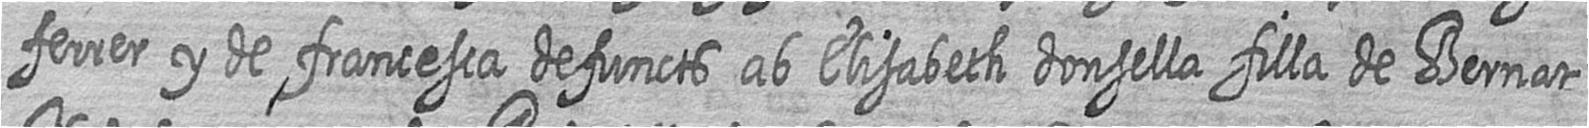
ferrer y de francesca defuncts ab Elisabeth donsella filla de Bernat